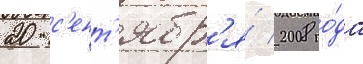
20 с'ент'ябр'я́ 2008 го́да